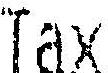
TAX